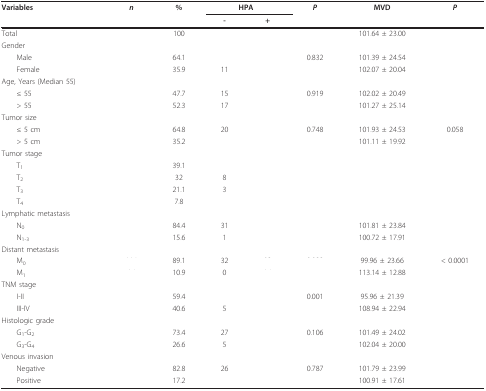
<table><thead><tr><td><b>Variables</b></td><td><b><i>n</i></b></td><td><b>%</b></td><td colspan="2"><b>HPA</b></td><td><b><i>P</i></b></td><td><b>MVD</b></td><td><b><i>P</i></b></td></tr><tr><td>[EMPTY_CELL]</td><td>[EMPTY_CELL]</td><td>[EMPTY_CELL]</td><td><b>-</b></td><td><b>+</b></td><td>[EMPTY_CELL]</td><td>[EMPTY_CELL]</td><td>[EMPTY_CELL]</td></tr></thead><tbody><tr><td>Total</td><td>[EMPTY_CELL]</td><td>100</td><td>[EMPTY_CELL]</td><td>[EMPTY_CELL]</td><td>[EMPTY_CELL]</td><td>101.64 ± 23.00</td><td>[EMPTY_CELL]</td></tr><tr><td>Gender</td><td>[EMPTY_CELL]</td><td>[EMPTY_CELL]</td><td>[EMPTY_CELL]</td><td>[EMPTY_CELL]</td><td>[EMPTY_CELL]</td><td>[EMPTY_CELL]</td><td>[EMPTY_CELL]</td></tr><tr><td> Male</td><td>[EMPTY_CELL]</td><td>64.1</td><td>[EMPTY_CELL]</td><td>[EMPTY_CELL]</td><td>0.832</td><td>101.39 ± 24.54</td><td>[EMPTY_CELL]</td></tr><tr><td> Female</td><td>[EMPTY_CELL]</td><td>35.9</td><td>11</td><td>[EMPTY_CELL]</td><td>[EMPTY_CELL]</td><td>102.07 ± 20.04</td><td>[EMPTY_CELL]</td></tr><tr><td>Age, Years (Median 55)</td><td>[EMPTY_CELL]</td><td>[EMPTY_CELL]</td><td>[EMPTY_CELL]</td><td>[EMPTY_CELL]</td><td>[EMPTY_CELL]</td><td>[EMPTY_CELL]</td><td>[EMPTY_CELL]</td></tr><tr><td> ≤ 55</td><td>[EMPTY_CELL]</td><td>47.7</td><td>15</td><td>[EMPTY_CELL]</td><td>0.919</td><td>102.02 ± 20.49</td><td>[EMPTY_CELL]</td></tr><tr><td> &gt; 55</td><td>[EMPTY_CELL]</td><td>52.3</td><td>17</td><td>[EMPTY_CELL]</td><td>[EMPTY_CELL]</td><td>101.27 ± 25.14</td><td>[EMPTY_CELL]</td></tr><tr><td>Tumor size</td><td>[EMPTY_CELL]</td><td>[EMPTY_CELL]</td><td>[EMPTY_CELL]</td><td>[EMPTY_CELL]</td><td>[EMPTY_CELL]</td><td>[EMPTY_CELL]</td><td>[EMPTY_CELL]</td></tr><tr><td> ≤ 5 cm</td><td>[EMPTY_CELL]</td><td>64.8</td><td>20</td><td>[EMPTY_CELL]</td><td>0.748</td><td>101.93 ± 24.53</td><td>0.058</td></tr><tr><td> &gt; 5 cm</td><td>[EMPTY_CELL]</td><td>35.2</td><td>[EMPTY_CELL]</td><td>[EMPTY_CELL]</td><td>[EMPTY_CELL]</td><td>101.11 ± 19.92</td><td>[EMPTY_CELL]</td></tr><tr><td>Tumor stage</td><td>[EMPTY_CELL]</td><td>[EMPTY_CELL]</td><td>[EMPTY_CELL]</td><td>[EMPTY_CELL]</td><td>[EMPTY_CELL]</td><td>[EMPTY_CELL]</td><td>[EMPTY_CELL]</td></tr><tr><td> T<sub>1</sub></td><td>[EMPTY_CELL]</td><td>39.1</td><td>[EMPTY_CELL]</td><td>[EMPTY_CELL]</td><td>[EMPTY_CELL]</td><td>[EMPTY_CELL]</td><td>[EMPTY_CELL]</td></tr><tr><td> T<sub>2</sub></td><td>[EMPTY_CELL]</td><td>32</td><td>8</td><td>[EMPTY_CELL]</td><td>[EMPTY_CELL]</td><td>[EMPTY_CELL]</td><td>[EMPTY_CELL]</td></tr><tr><td> T<sub>3</sub></td><td>[EMPTY_CELL]</td><td>21.1</td><td>3</td><td>[EMPTY_CELL]</td><td>[EMPTY_CELL]</td><td>[EMPTY_CELL]</td><td>[EMPTY_CELL]</td></tr><tr><td> T<sub>4</sub></td><td>[EMPTY_CELL]</td><td>7.8</td><td>[EMPTY_CELL]</td><td>[EMPTY_CELL]</td><td>[EMPTY_CELL]</td><td>[EMPTY_CELL]</td><td>[EMPTY_CELL]</td></tr><tr><td>Lymphatic metastasis</td><td>[EMPTY_CELL]</td><td>[EMPTY_CELL]</td><td>[EMPTY_CELL]</td><td>[EMPTY_CELL]</td><td>[EMPTY_CELL]</td><td>[EMPTY_CELL]</td><td>[EMPTY_CELL]</td></tr><tr><td> N<sub>0</sub></td><td>[EMPTY_CELL]</td><td>84.4</td><td>31</td><td>[EMPTY_CELL]</td><td>[EMPTY_CELL]</td><td>101.81 ± 23.84</td><td>[EMPTY_CELL]</td></tr><tr><td> N<sub>1-3</sub></td><td>[EMPTY_CELL]</td><td>15.6</td><td>1</td><td>[EMPTY_CELL]</td><td>[EMPTY_CELL]</td><td>100.72 ± 17.91</td><td>[EMPTY_CELL]</td></tr><tr><td>Distant metastasis</td><td>[EMPTY_CELL]</td><td>[EMPTY_CELL]</td><td>[EMPTY_CELL]</td><td>[EMPTY_CELL]</td><td>[EMPTY_CELL]</td><td>[EMPTY_CELL]</td><td>[EMPTY_CELL]</td></tr><tr><td> M<sub>0</sub></td><td>[EMPTY_CELL]</td><td>89.1</td><td>32</td><td>[EMPTY_CELL]</td><td>[EMPTY_CELL]</td><td>99.96 ± 23.66</td><td>&lt; 0.0001</td></tr><tr><td> M<sub>1</sub></td><td>[EMPTY_CELL]</td><td>10.9</td><td>0</td><td>[EMPTY_CELL]</td><td>[EMPTY_CELL]</td><td>113.14 ± 12.88</td><td>[EMPTY_CELL]</td></tr><tr><td>TNM stage</td><td>[EMPTY_CELL]</td><td>[EMPTY_CELL]</td><td>[EMPTY_CELL]</td><td>[EMPTY_CELL]</td><td>[EMPTY_CELL]</td><td>[EMPTY_CELL]</td><td>[EMPTY_CELL]</td></tr><tr><td> I-II</td><td>[EMPTY_CELL]</td><td>59.4</td><td>[EMPTY_CELL]</td><td>[EMPTY_CELL]</td><td>0.001</td><td>95.96 ± 21.39</td><td>[EMPTY_CELL]</td></tr><tr><td> III-IV</td><td>[EMPTY_CELL]</td><td>40.6</td><td>5</td><td>[EMPTY_CELL]</td><td>[EMPTY_CELL]</td><td>108.94 ± 22.94</td><td>[EMPTY_CELL]</td></tr><tr><td>Histologic grade</td><td>[EMPTY_CELL]</td><td>[EMPTY_CELL]</td><td>[EMPTY_CELL]</td><td>[EMPTY_CELL]</td><td>[EMPTY_CELL]</td><td>[EMPTY_CELL]</td><td>[EMPTY_CELL]</td></tr><tr><td> G<sub>1</sub>-G<sub>2</sub></td><td>[EMPTY_CELL]</td><td>73.4</td><td>27</td><td>[EMPTY_CELL]</td><td>0.106</td><td>101.49 ± 24.02</td><td>[EMPTY_CELL]</td></tr><tr><td> G<sub>3</sub>-G<sub>4</sub></td><td>[EMPTY_CELL]</td><td>26.6</td><td>5</td><td>[EMPTY_CELL]</td><td>[EMPTY_CELL]</td><td>102.04 ± 20.00</td><td>[EMPTY_CELL]</td></tr><tr><td>Venous invasion</td><td>[EMPTY_CELL]</td><td>[EMPTY_CELL]</td><td>[EMPTY_CELL]</td><td>[EMPTY_CELL]</td><td>[EMPTY_CELL]</td><td>[EMPTY_CELL]</td><td>[EMPTY_CELL]</td></tr><tr><td> Negative</td><td>[EMPTY_CELL]</td><td>82.8</td><td>26</td><td>[EMPTY_CELL]</td><td>0.787</td><td>101.79 ± 23.99</td><td>[EMPTY_CELL]</td></tr><tr><td> Positive</td><td>[EMPTY_CELL]</td><td>17.2</td><td>[EMPTY_CELL]</td><td>[EMPTY_CELL]</td><td>[EMPTY_CELL]</td><td>100.91 ± 17.61</td><td>[EMPTY_CELL]</td></tr></tbody></table>